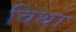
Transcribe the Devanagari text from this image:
विथा